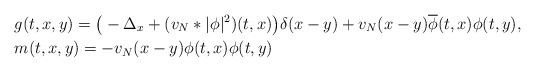
\begin{align*}&g(t,x,y)=\big(-\Delta_x+(v_N\ast|\phi|^2)(t,x)\big)\delta(x-y)+v_N(x-y)\overline{\phi}(t,x)\phi(t,y),\\&m(t,x,y)=-v_N(x-y)\phi(t,x)\phi(t,y)\end{align*}